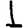
Digit: 1